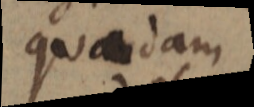
quadam